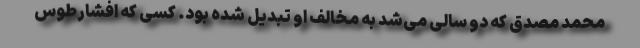
محمد مصدق که دو سالی می‌شد به مخالف او تبدیل شده بود. کسی که افشارطوس